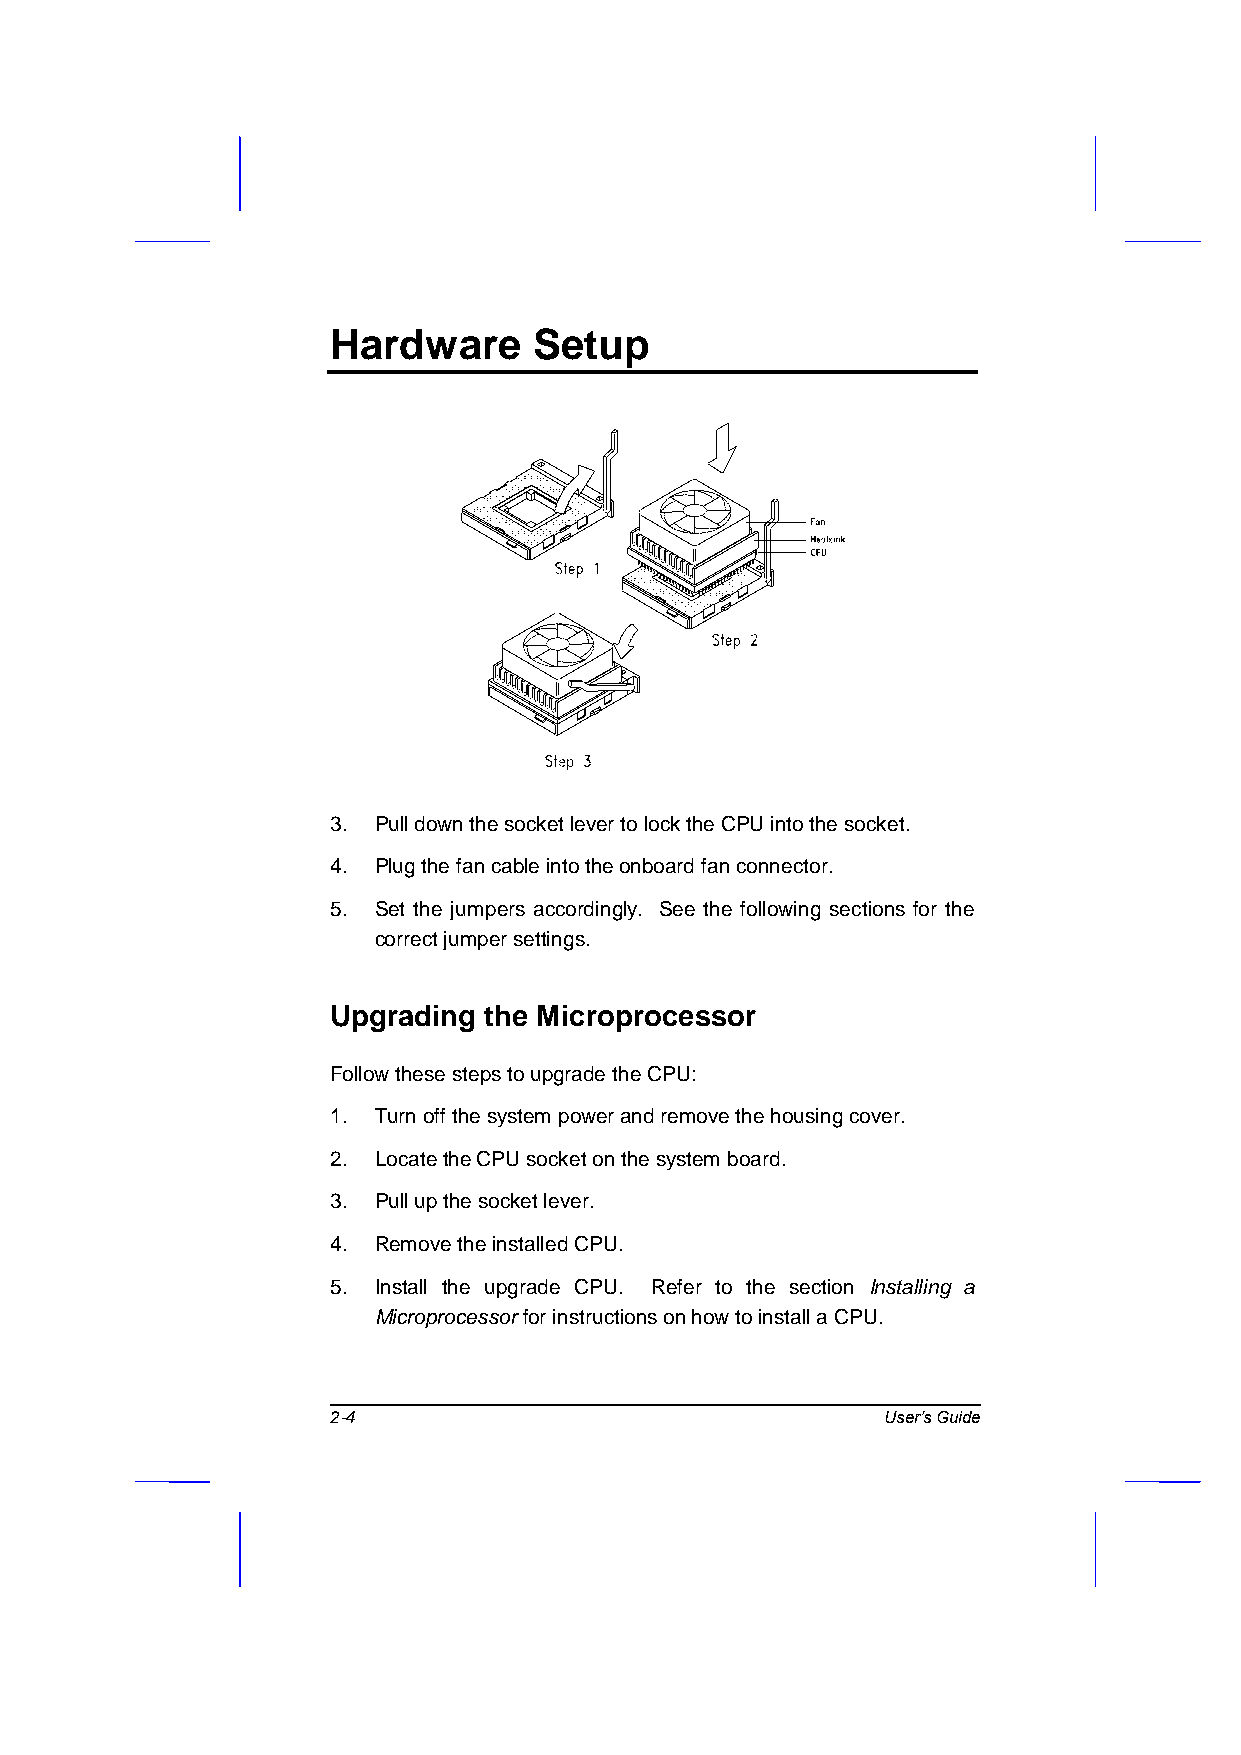
Hardware     Setup
 3. Pull down the socket lever to lock the CPU into the socket.
 4. Plug the fan cable into the onboard fan connector.
 5. Set the jumpers accordingly. See the following sections for the
 correct jumper settings.
 Upgrading the Microprocessor
 Follow these steps to upgrade the CPU:
 1. Turn off the system power and remove the housing cover.
 2. Locate the CPU socket on the system board.
 3. Pull up the socket lever.
 4. Remove the installed CPU.
 5. Install the upgrade CPU. Refer to the section Installing a
 Microprocessor for instructions on how to install a CPU.
 2-4                                  User’s Guide